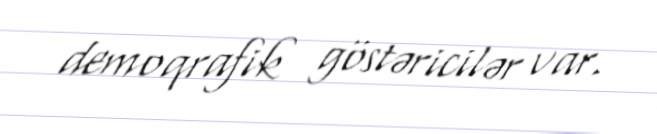
demoqrafik göstəricilər var.